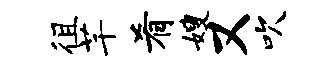
徂芊肴嫂又吹